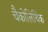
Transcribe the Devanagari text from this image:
चैकोलिथिक